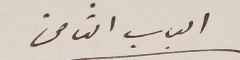
الباب الثامن